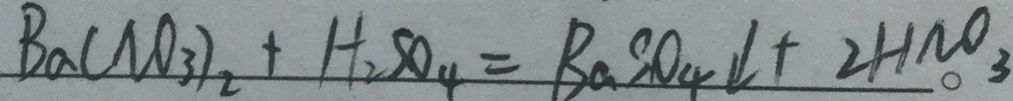
B a ( N O _ { 3 } ) _ { 2 } + H _ { 2 } S O _ { 4 } = B a S O _ { 4 } \downarrow + 2 H N O _ { 3 }